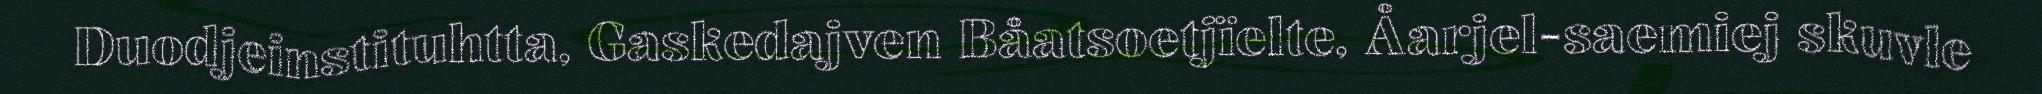
Duodjeinstituhtta, Gaskedajven Båatsoetjïelte, Åarjel-saemiej skuvle